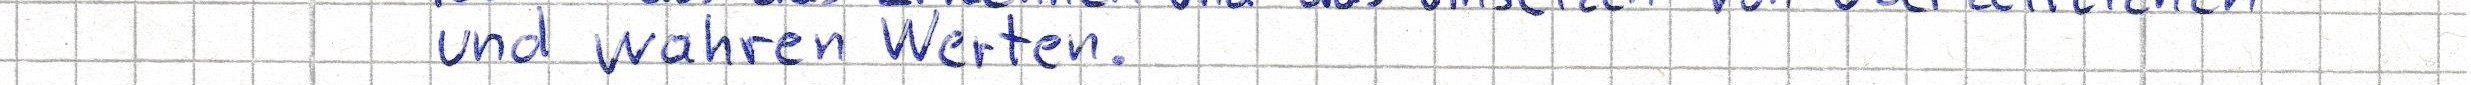
und wahren Werten.